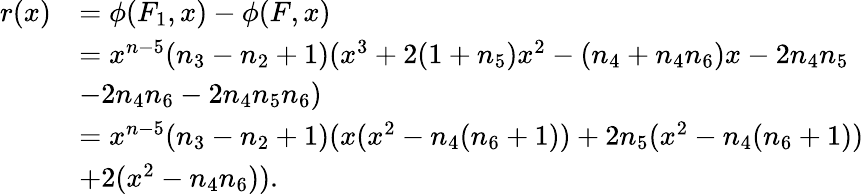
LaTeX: \begin{array}{rl}{r(x)}&{=\phi(F_{1},x)-\phi(F,x)}\\ &{=x^{n-5}(n_{3}-n_{2}+1)(x^{3}+2(1+n_{5})x^{2}-(n_{4}+n_{4}n_{6})x-2n_{4}n_{5}}\\ &{-2n_{4}n_{6}-2n_{4}n_{5}n_{6})}\\ &{=x^{n-5}(n_{3}-n_{2}+1)(x(x^{2}-n_{4}(n_{6}+1))+2n_{5}(x^{2}-n_{4}(n_{6}+1))}\\ &{+2(x^{2}-n_{4}n_{6})).}\end{array}